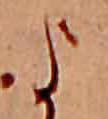
よ